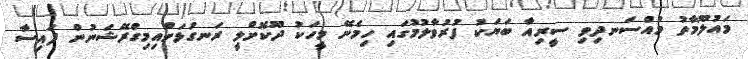
މައުލޫމާތު މުއްސަނދިވި ސީރިއާ ބަޔަކު ފުރުވާލުމުގައި ހިމެނޭ މީހަކު ދޫކޮށްލީ ރަނގަޅަށްއިމިގްރޭޝަނުން ފައިސާ